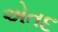
એતદ